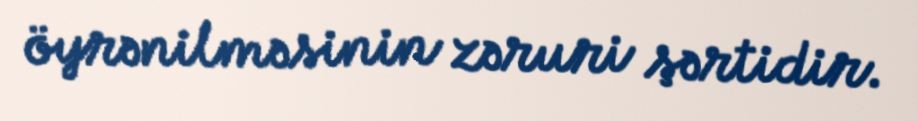
öyrənilməsinin zəruri şərtidir.